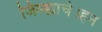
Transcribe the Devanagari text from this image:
जिल्ह्याचे।हन